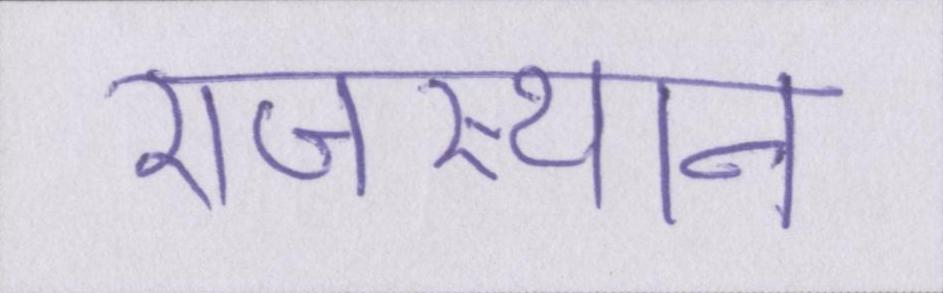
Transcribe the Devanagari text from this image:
राजस्थान